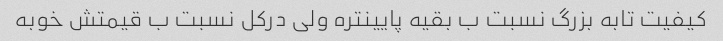
کیفیت تابه بزرگ نسبت ب بقیه پایینتره ولی درکل نسبت ب قیمتش خوبه